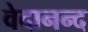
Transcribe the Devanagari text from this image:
वेदानन्द